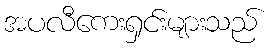
အပလီကေးရှင်းများသည်